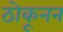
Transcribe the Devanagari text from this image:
ठोकूनन